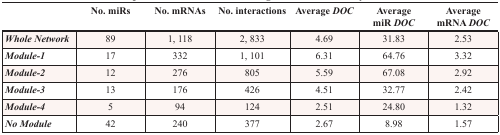
<table><thead><tr><td></td><td><b>No. miRs</b></td><td><b>No. mRNAs</b></td><td><b>No. interactions</b></td><td><b>Average <i>DOC</i></b></td><td><b>Average miR <i>DOC</i></b></td><td><b>Average mRNA <i>DOC</i></b></td></tr></thead><tbody><tr><td><b><i>Whole Network</i></b></td><td>89</td><td>1, 118</td><td>2, 833</td><td>4.69</td><td>31.83</td><td>2.53</td></tr><tr><td><b><i>Module-1</i></b></td><td>17</td><td>332</td><td>1, 101</td><td>6.31</td><td>64.76</td><td>3.32</td></tr><tr><td><b><i>Module-2</i></b></td><td>12</td><td>276</td><td>805</td><td>5.59</td><td>67.08</td><td>2.92</td></tr><tr><td><b><i>Module-3</i></b></td><td>13</td><td>176</td><td>426</td><td>4.51</td><td>32.77</td><td>2.42</td></tr><tr><td><b><i>Module-4</i></b></td><td>5</td><td>94</td><td>124</td><td>2.51</td><td>24.80</td><td>1.32</td></tr><tr><td><b><i>No Module</i></b></td><td>42</td><td>240</td><td>377</td><td>2.67</td><td>8.98</td><td>1.57</td></tr></tbody></table>